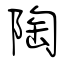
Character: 陶